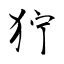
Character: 狞